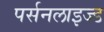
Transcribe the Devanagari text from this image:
पर्सनलाइज्ड